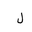
Letter: _lam